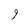
Character: 9